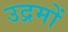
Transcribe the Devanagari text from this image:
उद्रमों